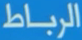
الرباط